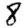
Digit: 8